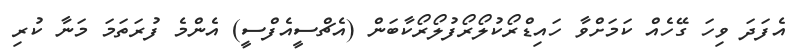
އެފަދަ ވިހަ ގޭހެއް ކަމަށްވާ ހައިޑްރޯކުލޯރޯފުލޯރޯކާބަން (އެޗްސީއެފްސީ) އެންމެ ފުރަތަމަ މަނާ ކުރި